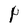
Character: P